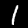
Label: 1